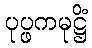
ပုပ္ဖကမုဋ္ဌိံ